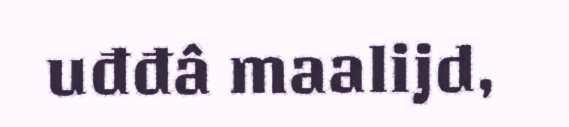
uđđâ maalijd,